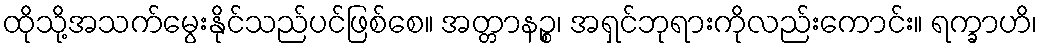
ထိုသို့အသက်မွေးနိုင်သည်ပင်ဖြစ်စေ။ အတ္တာနဉ္စ၊ အရှင်ဘုရားကိုလည်းကောင်း။ ရက္ခာဟိ၊